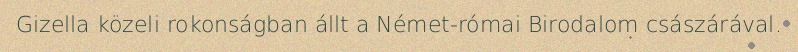
Gizella közeli rokonságban állt a Német-római Birodalom császárával.